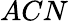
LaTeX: ACN